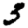
Digit: 3